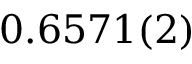
0 . 6 5 7 1 ( 2 )